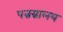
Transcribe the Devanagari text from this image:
पन्नग्नालय